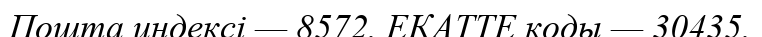
Пошта индексі — 8572. ЕКАТТЕ коды — 30435.